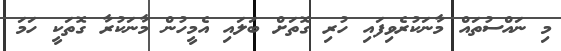
މި ނައްސުތައް މާނަކުރެވިފައި ހުރި ގޮތަށް ބަލައި އެމީހުން މާނަކުރާ ގޮތަކީ ހަމަ